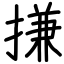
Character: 搛